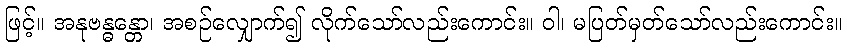
ဖြင့်။ အနုဗန္ဓန္တော၊ အစဉ်လျှောက်၍ လိုက်သော်လည်းကောင်း။ ဝါ၊ မပြတ်မှတ်သော်လည်းကောင်း။